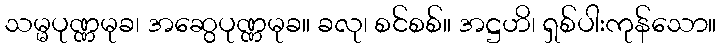
သမ္မပုဏ္ဏမုခ၊ အဆွေပုဏ္ဏမုခ။ ခလု၊ စင်စစ်။ အဋ္ဌဟိ၊ ရှစ်ပါးကုန်သော။